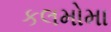
કલમોમા